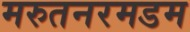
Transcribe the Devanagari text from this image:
मरुतनरमडम